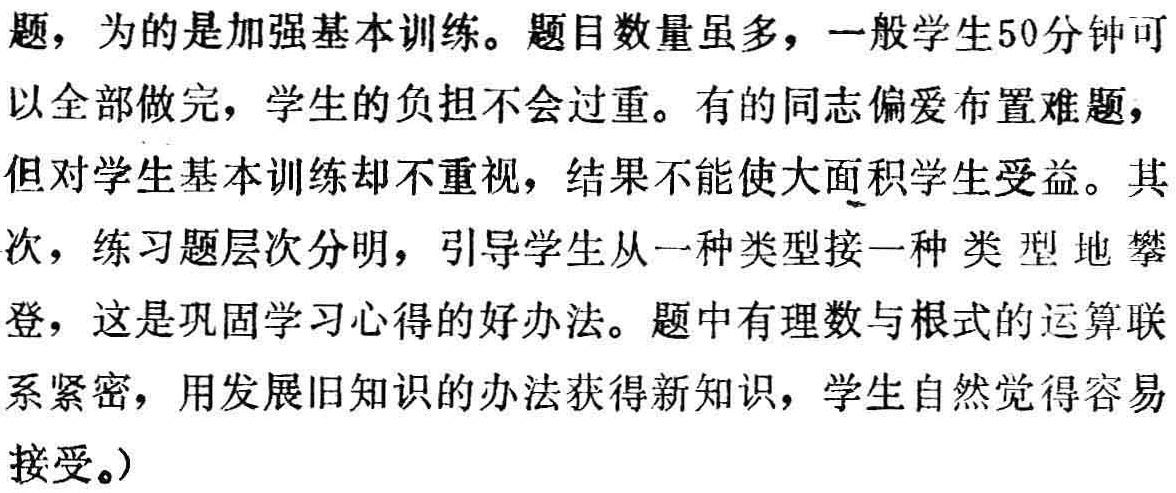
题，为的是加强基本训练。题目数量虽多，一般学生50分钟可以全部做完，学生的负担不会过重。有的同志偏爱布置难题，但对学生基本训练却不重视，结果不能使大面积学生受益。其次，练习题层次分明，引导学生从一种类型接一种类型地攀登，这是巩固学习心得的好办法。题中有理数与根式的运算联系紧密，用发展旧知识的办法获得新知识，学生自然觉得容易接受。）